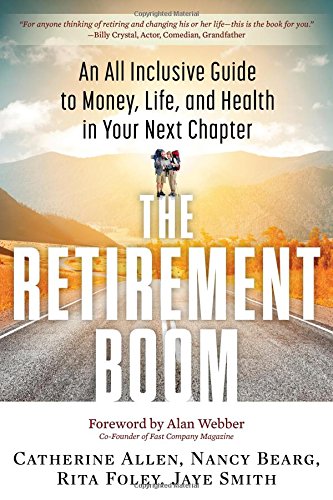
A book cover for The Retirement Boom: An All Inclusive Guide to Money, Life, and Health in Your Next Chapter; Catherine Allen; Business & Money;